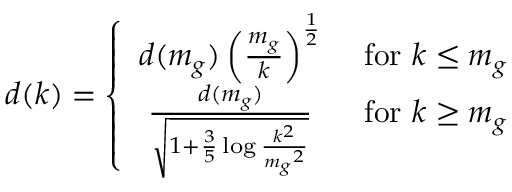
d ( k ) = \left\{ \begin{array} { c c } { { d ( m _ { g } ) \left( { \frac { m _ { g } } { k } } \right) ^ { \frac { 1 } { 2 } } } } & { { \mathrm { ~ f o r ~ } k \le m _ { g } } } \\ { { { \frac { d ( m _ { g } ) } { \sqrt { 1 + { \frac { 3 } { 5 } } \log { \frac { k ^ { 2 } } { { m _ { g } } ^ { 2 } } } } } } } } & { { \mathrm { ~ f o r ~ } k \ge m _ { g } } } \end{array} \right.